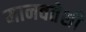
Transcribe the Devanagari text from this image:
मानवतेशी